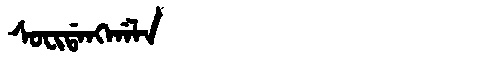
Manchu: ᠰᠣᠸᡳᡩᠠᠩᡤᠠᠯᠠ
Romanization: SOFIDANGGALA